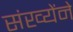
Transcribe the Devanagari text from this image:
संख्येंने